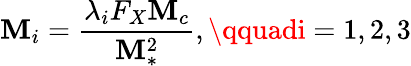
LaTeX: \mathbf{M}_{i}=\frac{{\lambda_{i}F_{X}\mathbf{M}_{c}}}{{\mathbf{M}_{*}^{2}}},\qquadi=1,2,3